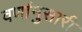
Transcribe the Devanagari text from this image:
वर्णानुसारी